Annual administration report of the Civil Veterinary Department of India - 1895-1896
Year: 1895
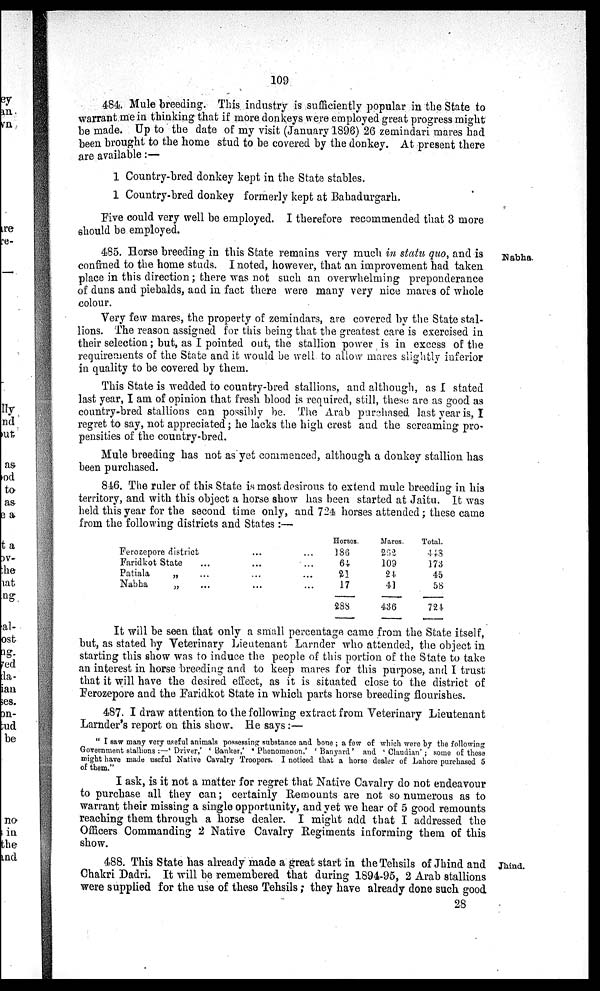
109
484. Mule breeding. This industry is sufficiently popular in the State to
warrant me in thinking that if more donkeys were employed great progress might
be made. Up to the date of my visit (January 1896) 26 zemindari mares had
been brought to the home stud to be covered by the donkey. At present there
are available:—
1 Country-bred donkey kept in the State stables.
1 Country-bred donkey formerly kept at Bahadurgarh.
Five could very well be employed. I therefore recommended that 3 more
should be employed.
Nabha.
485. Horse breeding in this State remains very much in statu quo, and is
confined to the home studs. I noted, however, that an improvement had taken
place in this direction; there was not such an overwhelming preponderance
of duns and piebalds, and in fact there were many very nice mares of whole
colour.
Very few mares, the property of zemindars, are covered by the State stal-
lions. The reason assigned for this being that the greatest care is exercised in
their selection; but, as I pointed out, the stallion power is in excess of the
requirements of the State and it would be well to allow mares slightly inferior
in quality to be covered by them.
This State is wedded to country-bred stallions, and although, as I stated
last year, I am of opinion that fresh blood is required, still, these are as good as
country-bred stallions can possibly be. The Arab purchased last year is, I
regret to say, not appreciated; he lacks the high crest and the screaming pro-
pensities of the country-bred.
Mule breeding has not as yet commenced, although a donkey stallion has
been purchased.
846. The ruler of this State is most desirous to extend mule breeding in his
territory, and with this object a horse show has been started at Jaitu. It was
held this year for the second time only, and 724 horses attended; these came
from the following districts and States :—
Ferozepove district
... ...
Faridkot State
...
... ...
Patiala
„
...
...
...
Nabha
„
...
...
...
Horses.
186
64
21
17
288
Mares.
262
109
24
41
436
Total.
448
173
45
58
724
It will be seen that only a small percentage came from the State itself,
but, as stated by Veterinary Lieutenant Larnder who attended, the object in
starting this show was to induce the people of this portion of the State to take
an interest in horse breeding and to keep mares for this purpose, and I trust
that it will have the desired effect, as it is situated close to the district of
Ferozepore and the Faridkot State in which parts horse breeding flourishes.
487. I draw attention to the following extract from Veterinary Lieutenant
Larnder's report on this show. He says :—
" I saw many very useful animals possessing substance and bone; a few of which were by the following
Government stallions :—'Driver,' 'Banker,' 'Phenomenon,' 'Banynrd' and 'Claudian'; some of these
might have made useful Native Cavalry Troopers. I noticed that a horse dealer of Lahore purchased 5
of them."
I ask, is it not a matter for regret that Native Cavalry do not endeavour
to purchase all they can; certainly Remounts are not so numerous as to
warrant their missing a single opportunity, and yet we hear of 5 good remounts
reaching them through a horse dealer. I might add that I addressed the
Officers Commanding 2 Native Cavalry Regiments informing them of this
show.
Jhind.
488. This State has already made a great start in the Tehsils of Jhind and
Chakri Dadri. It will be remembered that during 1894-95, 2 Arab stallions
were supplied for the use of these Tehsils; they have already done such good
28